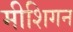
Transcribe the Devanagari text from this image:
मीशिगन